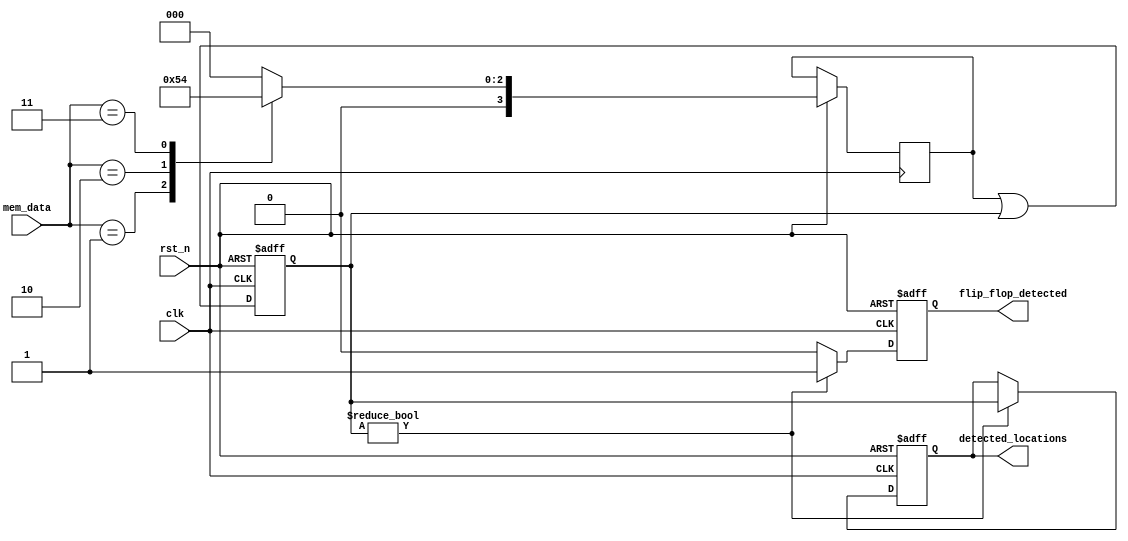
module flip_flop_detector (
    input wire clk,               // Clock signal
    input wire rst_n,             // Active low reset
    input wire [7:0] mem_data,    // Memory block data input
    output reg flip_flop_detected, // Flip-flop detection output
    output reg [3:0] detected_locations // Locations of detected flip-flops
);

    // Internal signals
    reg [3:0] pattern_match;      // Pattern match signals
    reg [3:0] detection_stage;    // Cascaded detection stages

    // Define patterns for flip-flop configurations
    localparam FLIP_FLOP_SET   = 8'b00000001; // Example pattern for set
    localparam FLIP_FLOP_RESET = 8'b00000010; // Example pattern for reset
    localparam FLIP_FLOP_TOGGLE = 8'b00000011; // Example pattern for toggle

    // Reset logic
    always @(posedge clk or negedge rst_n) begin
        if (!rst_n) begin
            flip_flop_detected <= 0;
            detected_locations <= 0;
            detection_stage <= 0;
        end else begin
            // Pattern recognition logic
            case (mem_data)
                FLIP_FLOP_SET: begin
                    pattern_match <= 4'b0001; // Detected pattern
                end
                FLIP_FLOP_RESET: begin
                    pattern_match <= 4'b0010; // Detected pattern
                end
                FLIP_FLOP_TOGGLE: begin
                    pattern_match <= 4'b0100; // Detected pattern
                end
                default: begin
                    pattern_match <= 4'b0000; // No match
                end
            endcase
            
            // Cascading mechanism
            detection_stage <= pattern_match | detection_stage;

            // Update outputs based on detection
            if (detection_stage != 0) begin
                flip_flop_detected <= 1; // Flip-flop detected
                detected_locations <= detection_stage; // Store locations
            end else begin
                flip_flop_detected <= 0; // No flip-flop detected
            end
        end
    end

endmodule